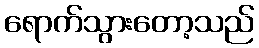
ရောက်သွားတော့သည်